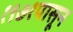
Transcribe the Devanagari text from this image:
१९७१पासून